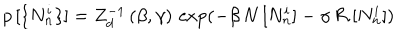
p \, [ \{ N _ { n } ^ { i } \} ] = Z _ { d } ^ { - 1 } \, ( \beta , \gamma ) \, \exp ( - \beta \, N \, [ N _ { n } ^ { i } ] - \gamma \, { \cal R } \, [ N _ { n } ^ { i } ] )